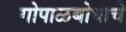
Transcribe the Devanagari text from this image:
गोपाळबोधाचे